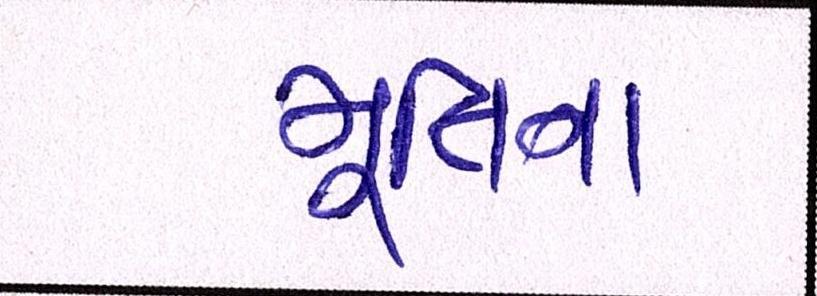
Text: મૂર્તિના